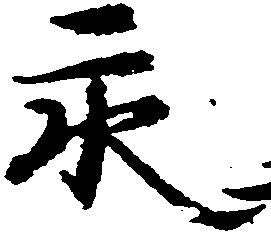
永